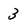
Character: 3